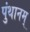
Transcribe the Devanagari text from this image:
पुंथानम्